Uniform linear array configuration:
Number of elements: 4
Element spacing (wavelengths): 0.75
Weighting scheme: hamming
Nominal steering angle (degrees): -15
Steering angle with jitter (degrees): -14.001
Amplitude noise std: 0.05
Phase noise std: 0.05

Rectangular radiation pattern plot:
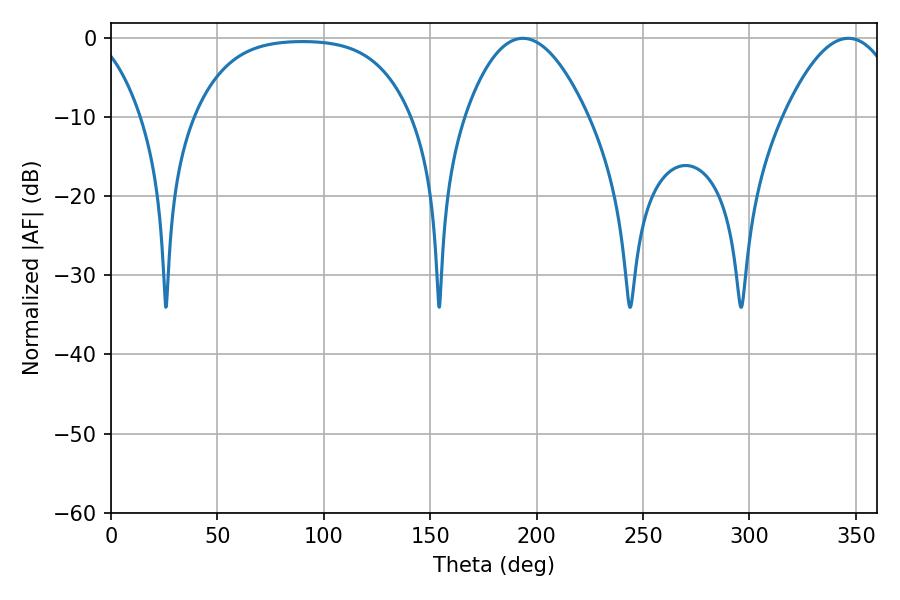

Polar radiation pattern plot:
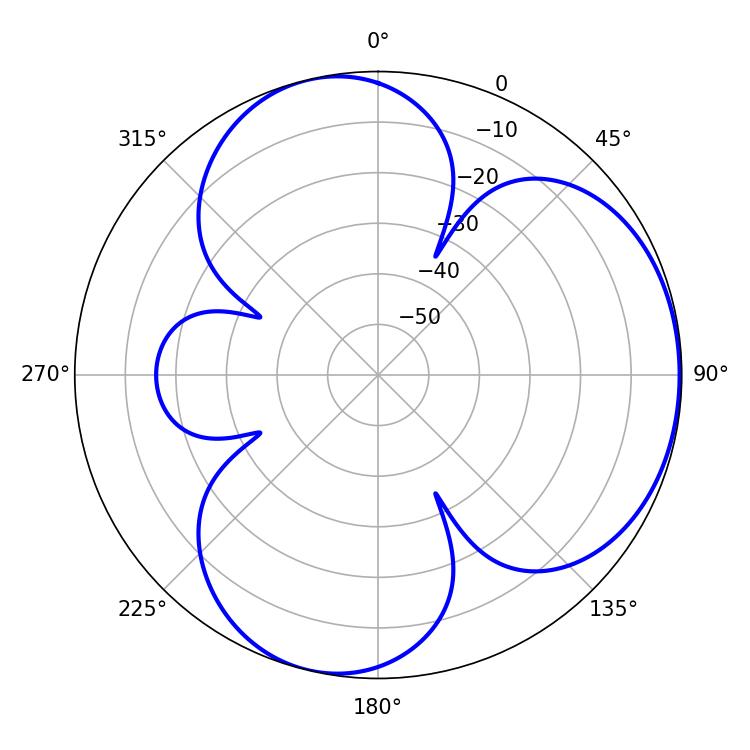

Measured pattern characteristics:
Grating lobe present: TRUE
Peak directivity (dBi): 4.505
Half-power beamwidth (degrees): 31.68
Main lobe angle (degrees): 193.5